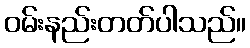
ဝမ်းနည်းတတ်ပါသည်။